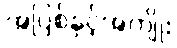
အပြစ်နှင့်အကျိုး